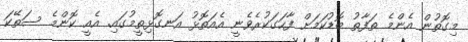
މިގޮތުން އެންމެ ތަފާތު ބޮޑުކަމަށް ފާހަގަކުރެވެނީ އެއަތޮޅު އަނގޮޅިތީމުގައި. އެއީ ކޮންމެ ސަތޭކަ